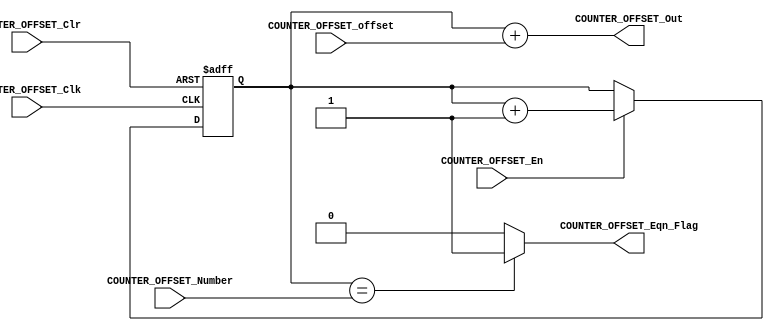
module COUNTER_OFFSET_POS #(parameter BITWIDTH=10) (

/////////// INPUTS //////////
COUNTER_OFFSET_Clk,
COUNTER_OFFSET_Clr,
COUNTER_OFFSET_En,
COUNTER_OFFSET_Number,
COUNTER_OFFSET_offset,

//////////// OUTPUTS //////////
COUNTER_OFFSET_Out,
COUNTER_OFFSET_Eqn_Flag
);


//=======================================================
//  PORT declarations
//=======================================================

input COUNTER_OFFSET_Clk;
input COUNTER_OFFSET_Clr;
input COUNTER_OFFSET_En;
input [BITWIDTH-1:0] COUNTER_OFFSET_Number;
input [BITWIDTH-1:0] COUNTER_OFFSET_offset;
output [BITWIDTH-1:0] COUNTER_OFFSET_Out;
output COUNTER_OFFSET_Eqn_Flag;


//=======================================================
//  REG/WIRE DECLARATIONS
//=======================================================
reg [BITWIDTH-1:0] counter;

//============================================================
// SEQUENTIAL LOGIC
//============================================================

always@(posedge COUNTER_OFFSET_Clk or negedge COUNTER_OFFSET_Clr) // active low asynchronous reset 
begin
		if(!COUNTER_OFFSET_Clr)
			counter<=0;
		else if(COUNTER_OFFSET_En)
			counter<=counter +4'b1;
end


//============================================================
// COMBINATIONAL OUTPUT LOGIC
//============================================================

assign COUNTER_OFFSET_Out=counter+COUNTER_OFFSET_offset;
assign COUNTER_OFFSET_Eqn_Flag = counter== COUNTER_OFFSET_Number ? 1'b1 : 1'b0;


endmodule